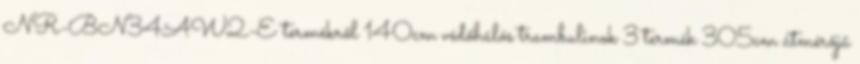
NR-BN34AW2-E termékről 140cm védőhálós trambulinok 3 termék 305cm átmérőjű